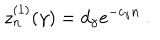
LaTeX: z _ { n } ^ { ( 1 ) } ( \gamma ) = d _ { \gamma } e ^ { - c _ { \gamma } n } \ .